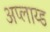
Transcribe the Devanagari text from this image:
अप्लाय्ड